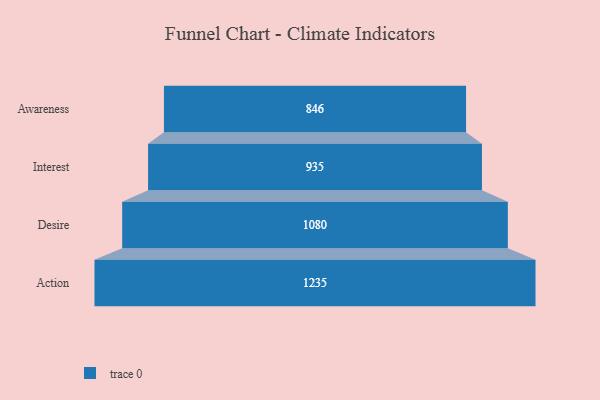
{"axis": {"x": "Stage", "y": "Value"}, "legend": [""], "data": [{"x": "Awareness", "y": 846.0, "type": ""}, {"x": "Interest", "y": 935.0, "type": ""}, {"x": "Desire", "y": 1080.0, "type": ""}, {"x": "Action", "y": 1235.0, "type": ""}]}